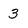
Character: 3